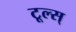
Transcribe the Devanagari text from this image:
टूल्स्